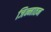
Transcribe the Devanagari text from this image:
जिन्नातन